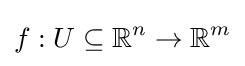
f:U\subseteq \mathbb {R} ^{n}\to \mathbb {R} ^{m}